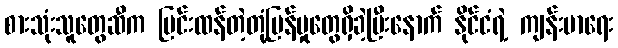
စားသုံးသူတွေဆီက ပြင်းထန်တဲ့တုံ့ပြန်မှုတွေရှိခဲ့ပြီးနောက် နိုင်ငံရဲ့ ကျန်းမာရေး